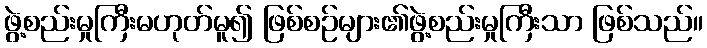
ဖွဲ့စည်းမှုကြီးမဟုတ်မူ၍ ဖြစ်စဉ်များ၏ဖွဲ့စည်းမှုကြီးသာ ဖြစ်သည်။